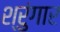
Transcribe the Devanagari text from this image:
श्रुंगार